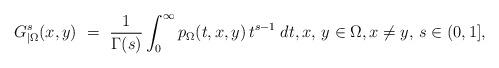
LaTeX: \begin{align*}G_{|\Omega}^s(x,y)\ =\ \frac1{\Gamma(s)}\int_0^\infty p_{\Omega}(t,x,y)\,t^{s-1}\;dt,x,\,y\in\Omega,x\neq y,\, s\in(0,1],\end{align*}